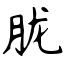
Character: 胧